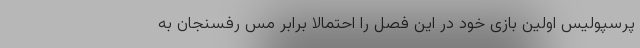
پرسپولیس اولین بازی خود در این فصل را احتمالا برابر مس رفسنجان به